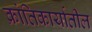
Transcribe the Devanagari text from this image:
क्रांतिकार्यातील